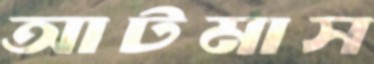
আটমাস